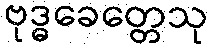
ဗုဒ္ဓခေတ္တေသု